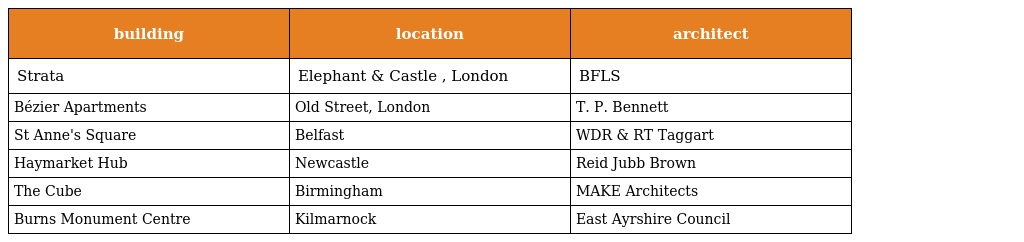
| building | location | architect |
 | --- | --- | --- |
 | Strata | Elephant & Castle , London | BFLS |
 | Bézier Apartments | Old Street, London | T. P. Bennett |
 | St Anne's Square | Belfast | WDR & RT Taggart |
 | Haymarket Hub | Newcastle | Reid Jubb Brown |
 | The Cube | Birmingham | MAKE Architects |
 | Burns Monument Centre | Kilmarnock | East Ayrshire Council |